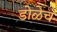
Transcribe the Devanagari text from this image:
डोळेच